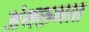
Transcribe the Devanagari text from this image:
अंथरुणात